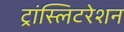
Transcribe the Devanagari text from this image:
ट्रांस्लिटरेशन